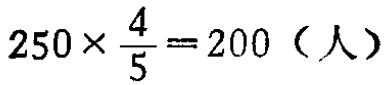
\(250\times \frac{4}{5}=200（人）\)